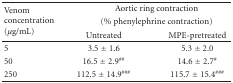
<table><thead><tr><td rowspan="3"><b>Venom concentration (<i>μ</i>g/mL)</b></td><td colspan="2"><b>Aortic ring contraction</b></td></tr><tr><td colspan="2"><b> (% phenylephrine contraction)</b></td></tr><tr><td><b>Untreated</b></td><td><b>MPE-pretreated</b></td></tr></thead><tbody><tr><td>5</td><td>3.5 ± 1.6</td><td>5.3 ± 2.0</td></tr><tr><td>50</td><td>16.5 ± 2.9<sup>##</sup></td><td>14.6 ± 2.7<sup>#</sup></td></tr><tr><td>250</td><td>112.5 ± 14.9<sup>###</sup></td><td>115.7 ± 15.4<sup>###</sup></td></tr></tbody></table>